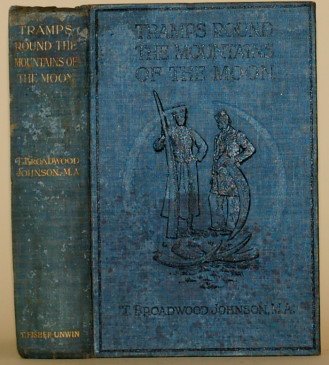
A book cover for Tramps round the Mountains of the Moon and through the back gate of the Congo State,; T. Broadwood Johnson; Travel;